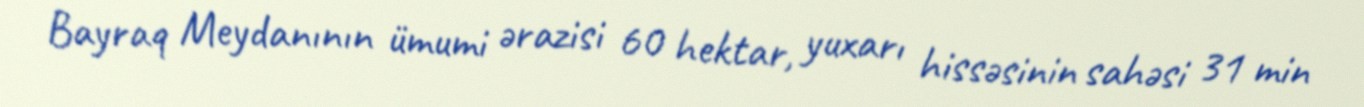
Bayraq Meydanının ümumi ərazisi 60 hektar, yuxarı hissəsinin sahəsi 31 min